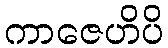
ကာဇေဟိပိ